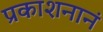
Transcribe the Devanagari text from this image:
प्रकाशनानं